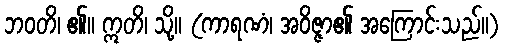
ဘဝတိ၊ ၏။ ဣတိ၊ သို့။ (ကာရဏံ၊ အဝိဇ္ဇာ၏ အကြောင်းသည်။)